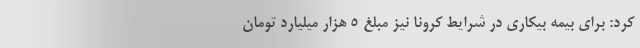
کرد: برای بیمه بیکاری در شرایط کرونا نیز مبلغ ۵ هزار میلیارد تومان